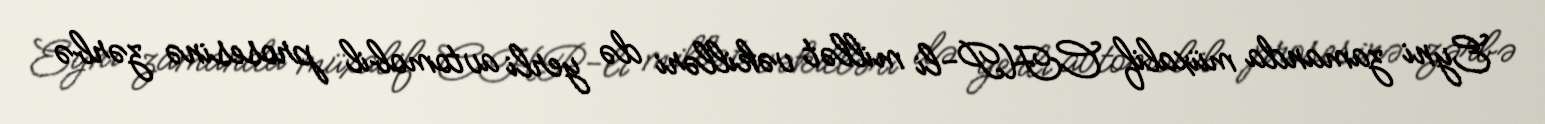
Eyni zamanda müxalif CHP-li millət vəkilləri də yerli avtomobil prosesinə zərbə